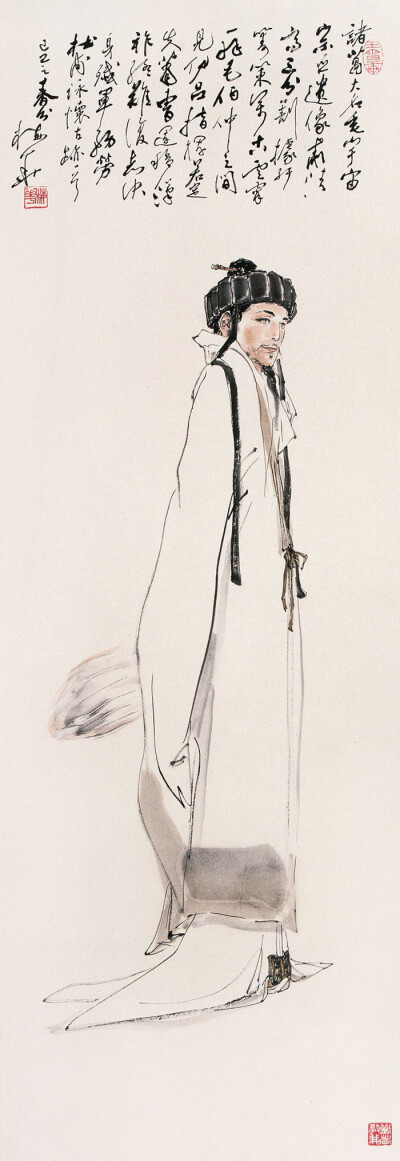
诸葛大名垂宇宙，宗臣遗像肃清高。